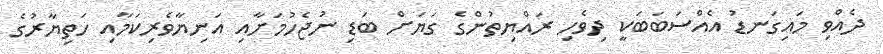
ދެއްވި މައިގަނޑު އެއްސަބަބަކީ ދިވެހި ރައްޔިތުންގެ ގަޔަށް ބަޑި ނުޖެހުމަށާއި އަނިޔާވެރިކަމާއި ހަތިޔާރުގެ